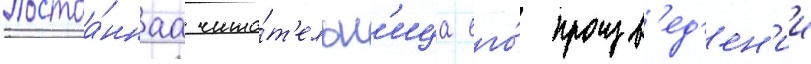
Постоа́ннаа чита́т'ельн'ица его́ произв'ед'ен'ии